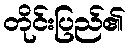
တိုင်းပြည်၏